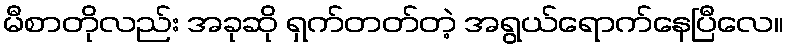
မီစာတိုလည်း အခုဆို ရှက်တတ်တဲ့ အရွယ်ရောက်နေပြီလေ။